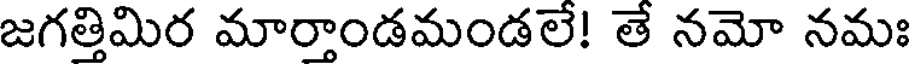
జగత్తిమిర మార్తాండమండలే! తే నమో నమః